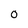
Character: 0